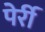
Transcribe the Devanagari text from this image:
पेर्री